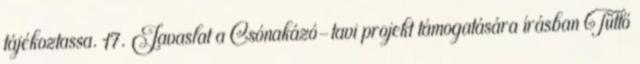
tájékoztassa. 17. Javaslat a Csónakázó-tavi projekt támogatására írásban Tüttő